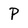
Character: P